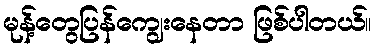
မုန့်တွေပြန်ကျွေးနေတာ ဖြစ်ပါတယ်။